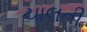
ચાલતી